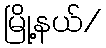
မြို့နယ်/